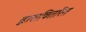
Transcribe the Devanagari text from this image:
द्वारावितरित